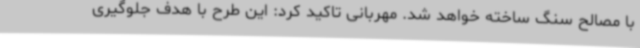
با مصالح سنگ ساخته خواهد شد. مهربانی تاکید کرد: این طرح با هدف جلوگیری